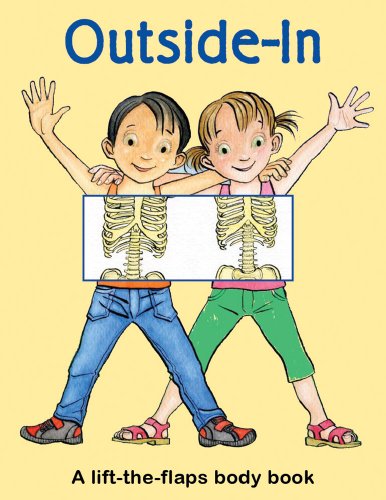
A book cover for Outside-In: A Lift-the-Flaps Body Book; Claire Smallman; Children's Books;